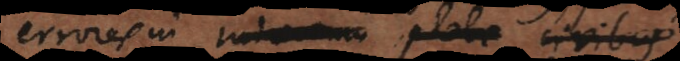
errores in Judaeorum plebe, civibus